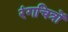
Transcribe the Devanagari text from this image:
रंगचित्रों